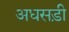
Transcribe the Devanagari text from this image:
अधसड़ी